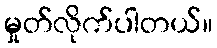
မှုတ်လိုက်ပါတယ်။